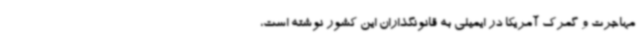
مهاجرت و گمرک آمریکا در ایمیلی به قانونگذاران این کشور نوشته است،